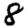
Digit: 8